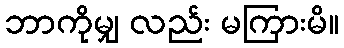
ဘာကိုမျှ လည်း မကြားမိ။